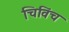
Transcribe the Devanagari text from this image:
चिविंच